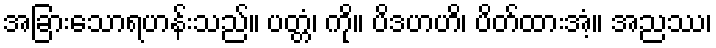
အခြားသောရဟန်းသည်။ ပတ္တံ၊ ကို။ ပိဒဟဟိ၊ ပိတ်ထားအံ့။ အညဿ၊